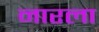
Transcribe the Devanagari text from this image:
नारला